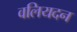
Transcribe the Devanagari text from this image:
वलियदन